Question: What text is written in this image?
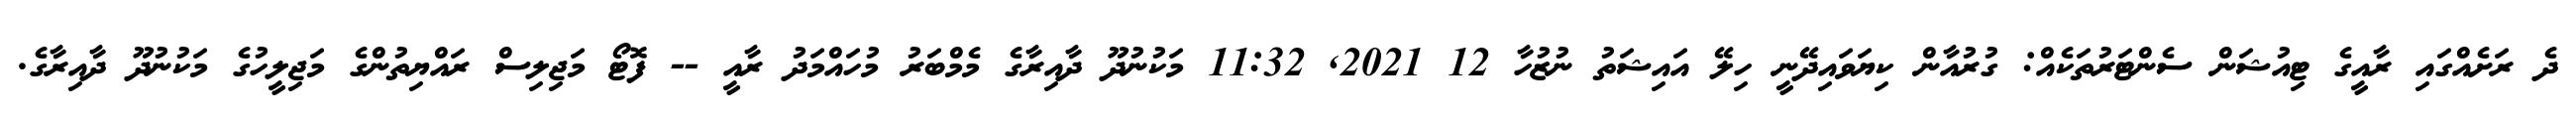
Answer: ދެ ރަށެއްގައި ރާއީގެ ޓިއުޝަން ސެންޓަރުތަކެއް: ގުރުއާން ކިޔަވައިދޭނީ ހިލޭ އައިޝަތު ނުޒުހާ 12 2021, 11:32 މަކުނުދޫ ދާއިރާގެ މެމްބަރު މުހައްމަދު ރާއީ -- ފޮޓޯ މަޖިލިސް ރައްޔިތުންގެ މަޖިލީހުގެ މަކުނުދޫ ދާއިރާގެ.